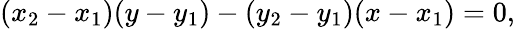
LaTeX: (x_{2}-x_{1})(y-y_{1})-(y_{2}-y_{1})(x-x_{1})=0,